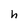
Character: n